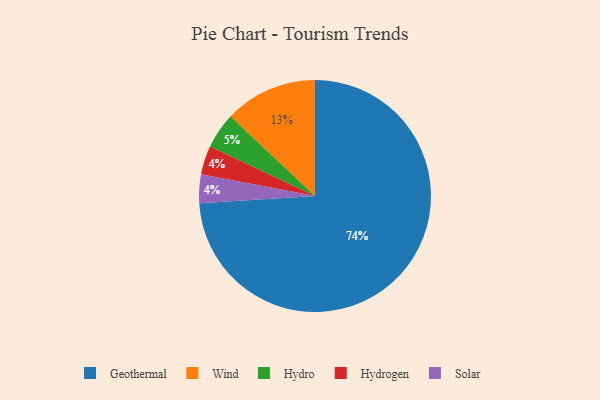
{"axis": {"x": "Category", "y": "Percentage"}, "legend": ["Geothermal", "Hydro", "Hydrogen", "Solar", "Wind"], "data": [{"x": "Hydro", "y": 5, "type": "Hydro"}, {"x": "Wind", "y": 13, "type": "Wind"}, {"x": "Geothermal", "y": 74, "type": "Geothermal"}, {"x": "Hydrogen", "y": 4, "type": "Hydrogen"}, {"x": "Solar", "y": 4, "type": "Solar"}]}